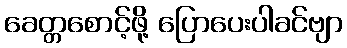
ခေတ္တစောင့်ဖို့ ပြောပေးပါခင်ဗျာ